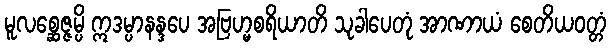
မူလစ္ဆေဇ္ဇမ္ပိ ဣဒမ္ပာနန္ဒပေ အဗြဟ္မစရိယာတိ သုခါပေတုံ အာဏာယံ စေတိယဝတ္တံ